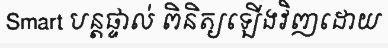
Smart បន្តផ្ទាល់ ពិនិត្យឡើងវិញដោយ